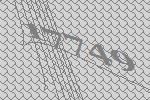
17749